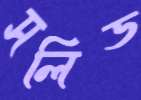
সলিড